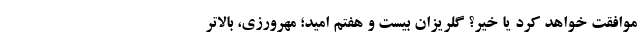
موافقت خواهد کرد یا خیر؟ گلریزان بیست و هفتم امید؛ مهرورزی، بالاتر